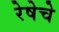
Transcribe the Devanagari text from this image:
रेषेचे